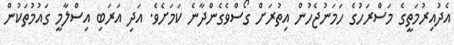
އެދުއިރުމަތީގެ މަސްރަހުގެ ހަމަނުޖެހުން އިތުރަށް ގޯސްވެގެންދާނެ ކަމަށެވެ. އަދި އަރަބި އިސްލާމީ ގައުމުތަކުން